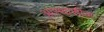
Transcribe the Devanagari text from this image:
आस्थाशील